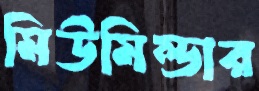
মিউমিল্ডার